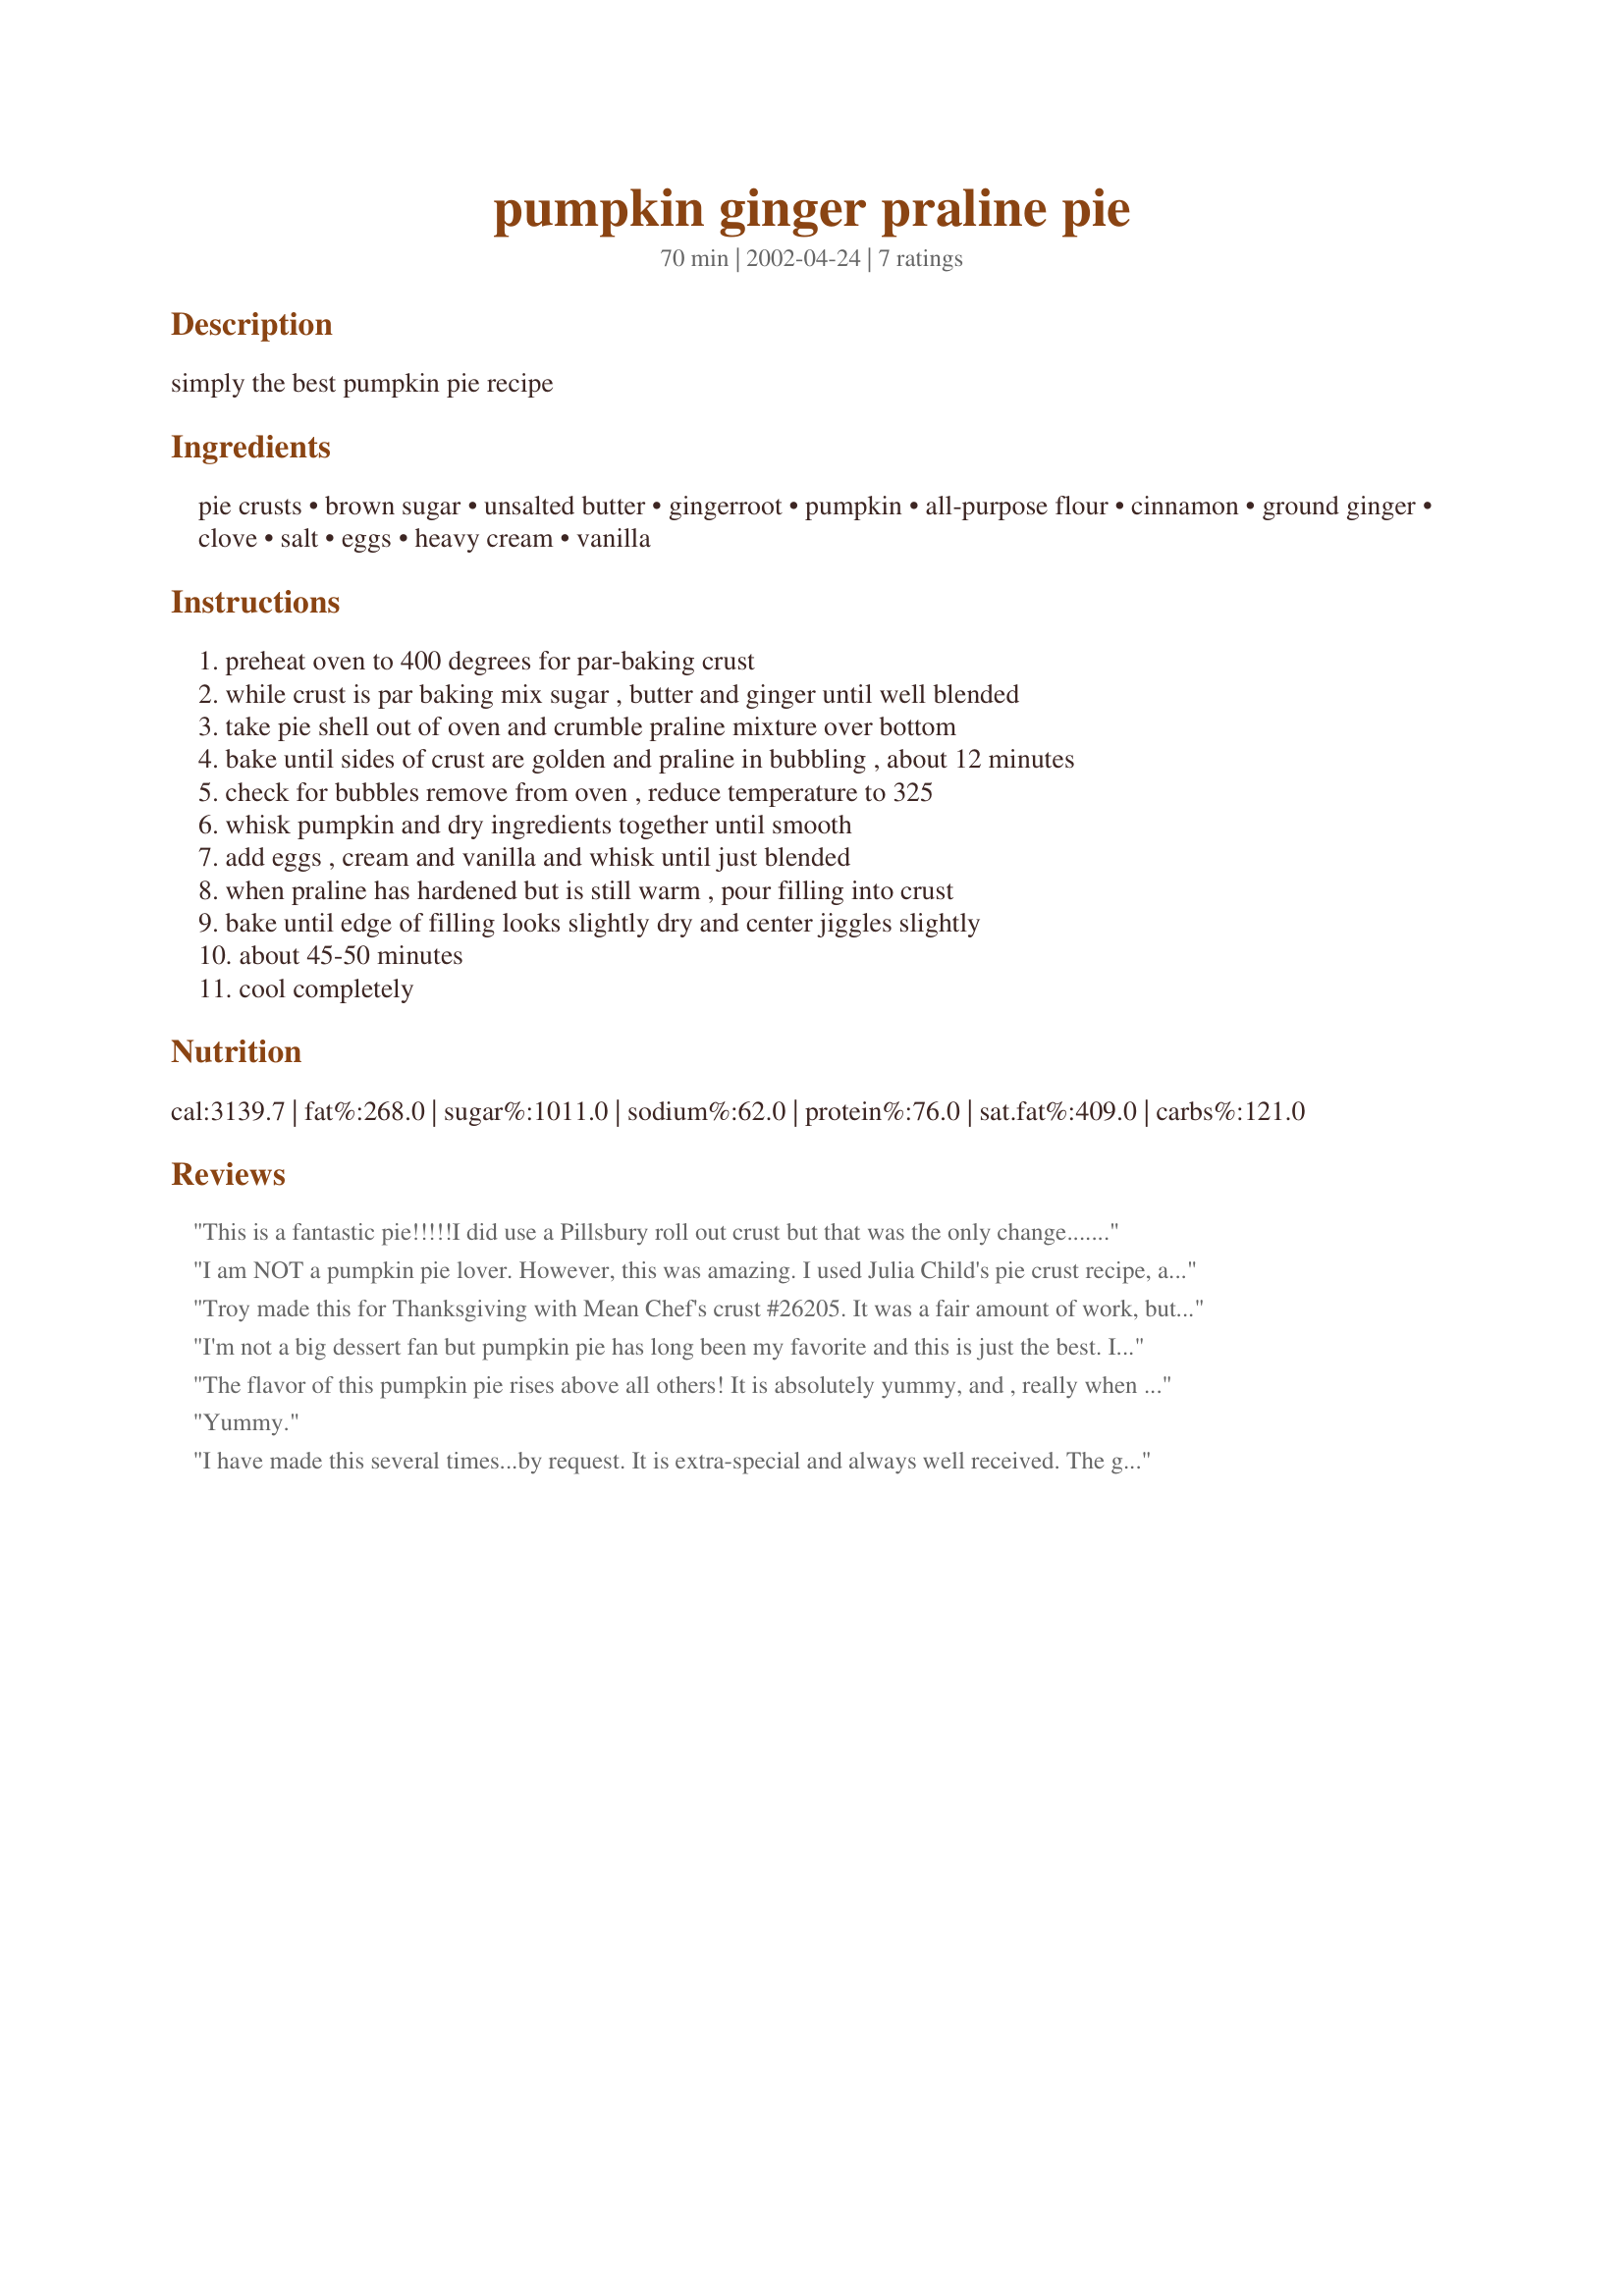
pumpkin ginger praline pie
Preparation time: 70 minutes

simply the best pumpkin pie recipe

Ingredients:
pie crusts, brown sugar, unsalted butter, gingerroot, pumpkin, all-purpose flour, cinnamon, ground ginger, clove, salt, eggs, heavy cream, vanilla

Steps:
preheat oven to 400 degrees for par-baking crust, while crust is par baking mix sugar , butter and ginger until well blended, take pie shell out of oven and crumble praline mixture over bottom, bake until sides of crust are golden and praline in bubbling , about 12 minutes, check for bubbles remove from oven , reduce temperature to 325, whisk pumpkin and dry ingredients together until smooth, add eggs , cream and vanilla and whisk until just blended, when praline has hardened but is still warm , pour filling into crust, bake until edge of filling looks slightly dry and center jiggles slightly, about 45-50 minutes, cool completely

Reviews:
This is a fantastic pie!!!!!I did use a Pillsbury roll out crust but that was the only change....PERFECT!Thanks,Mean.....PeggyLynn
I am NOT a pumpkin pie lover. However, this was amazing. I used Julia Child's pie crust recipe, and this was just terrific. I loved the ginger praline layer, as did my in-laws. The pumpkin custard was dense and set up perfectly, unlike so many disgustingly squishy pumpkin pies I've had before. Thank you for posting!
Troy made this for Thanksgiving with Mean Chef's crust #26205. It was a fair amount of work, but the ginger praline is very nice. In fact, i would like to have had a slightly thicker layer of that with the pumpkin, it is such a nice contrast...perhaps extend it with some pecans or something. Yum
I'm not a big dessert fan but pumpkin pie has long been my favorite and this is just the best. I was grateful one of our dinner guests refused a piece (more for me) and Mean Chef is lucky he didn't eat much of it because I would have caused him bodily harm had he attempted to eat more of it than he did. I'm still pouting the pie is gone and I don't get to eat some with my morning coffee. :( Pumpkin pie lovers MUST try this.
The flavor of this pumpkin pie rises above all others! It is absolutely yummy, and , really when can we say that about most pumpkin pies? Daughter did a "trial run" with this, and it will be on our Thanksgiving table tomrrow! Thank you so much for this great recipe!
Yummy.
I have made this several times...by request. It is extra-special and always well received. The ginger praline is a flavorful addition.
